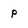
Character: p